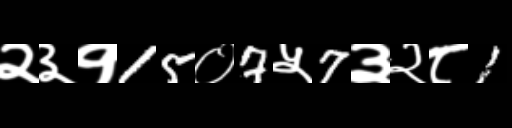
Text: २३१15०7५7३२८1